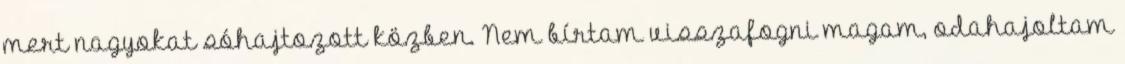
mert nagyokat sóhajtozott közben. Nem bírtam visszafogni magam, odahajoltam